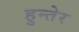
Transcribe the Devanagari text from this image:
हुन्तेर